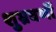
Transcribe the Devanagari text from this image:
शुभ्रवर्णी